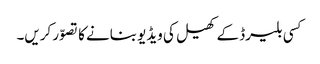
کسی بلیرڈ کے کھیل کی ویڈیو بنانے کا تصوّر کریں۔